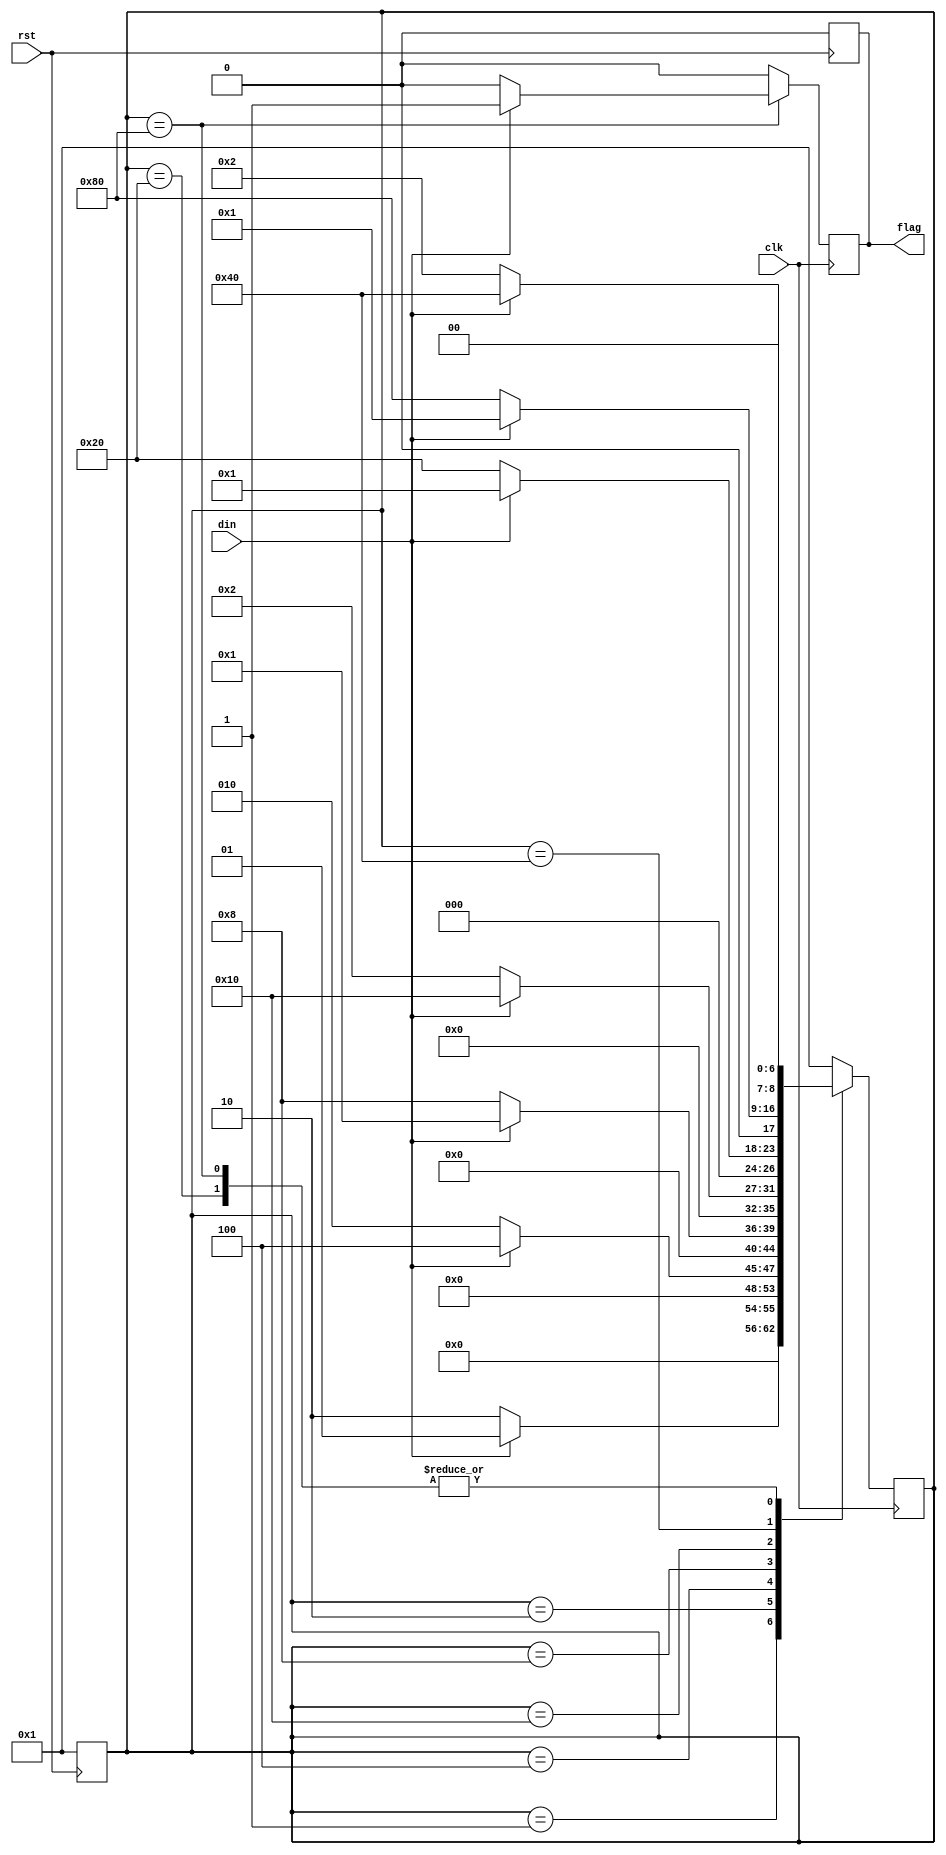
`timescale 10ns/1ns
module mealy(flag, din, clk, rst);

    output reg flag;
    input din, clk, rst;

    parameter S0 = 8'b0000_0001;  
    parameter S1 = 8'b0000_0010;  
    parameter S2 = 8'b0000_0100;  
    parameter S3 = 8'b0000_1000;  
    parameter S4 = 8'b0001_0000;  
    parameter S5 = 8'b0010_0000;  
    parameter S6 = 8'b0100_0000;  
    parameter S7 = 8'b1000_0000;  

    reg [8:0] state;

    always @ ( posedge rst ) begin
        flag <= 1'b0;
        state <= S0;
    end

    always @ ( posedge clk ) begin
        case (state)
            S0: if (din) begin state <= S0; flag <= 1'b0; end
                else begin state <= S1; flag <= 1'b0; end
            S1: if (din) begin state <= S2; flag <= 1'b0; end
                else begin state <= S1; flag <= 1'b0; end
            S2: if (din) begin state <= S0; flag <= 1'b0; end
                else begin state <= S3; flag <= 1'b0; end
            S3: if (din) begin state <= S4; flag <= 1'b0; end
                else begin state <= S1; flag <= 1'b0; end
            S4: if (din) begin state <= S0; flag <= 1'b0; end
                else begin state <= S5; flag <= 1'b0; end
            S5: if (din) begin state <= S6; flag <= 1'b0; end
                else begin state <= S1; flag <= 1'b0; end
            S6: if (din) begin state <= S0; flag <= 1'b0; end
                else begin state <= S7; flag <= 1'b0; end
            S7: if (din) begin state <= S6; flag <= 1'b1; end
                else begin state <= S1; flag <= 1'b0; end
            default: begin state <= S0; flag <= 1'b0; end
        endcase
    end

endmodule